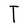
Character: T